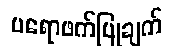
ပရောဖက်ပြုချက်